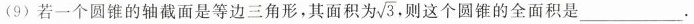
(9) 若一个圆锥的轴截面是等边三角形，其面积为\sqrt{3} .则这个圆锥的全面积是___.